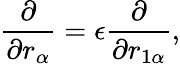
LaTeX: \frac{\partial}{\partial r_{\alpha}}=\epsilon\frac{\partial}{\partial r_{1\alpha}},